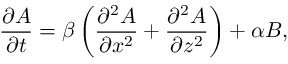
\frac { \partial A } { \partial t } = \beta \left( { \frac { \partial ^ { 2 } A } { \partial x ^ { 2 } } + \frac { \partial ^ { 2 } A } { \partial z ^ { 2 } } } \right) + \alpha B ,